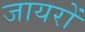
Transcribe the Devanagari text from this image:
जायरों